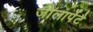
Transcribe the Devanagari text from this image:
जोलार्पेटै